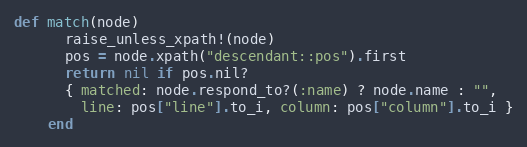
Language: Ruby
def match(node)
      raise_unless_xpath!(node)
      pos = node.xpath("descendant::pos").first
      return nil if pos.nil?
      { matched: node.respond_to?(:name) ? node.name : "",
        line: pos["line"].to_i, column: pos["column"].to_i }
    end